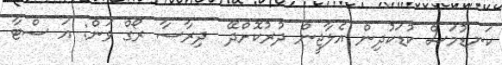
ކަނޑުމަސް ކުޑަކުދިން އެލާޖީން ދުރުކޮށްދޭ  ދިރާސާ ރޯގް ވަން: އަ ސްޓާ